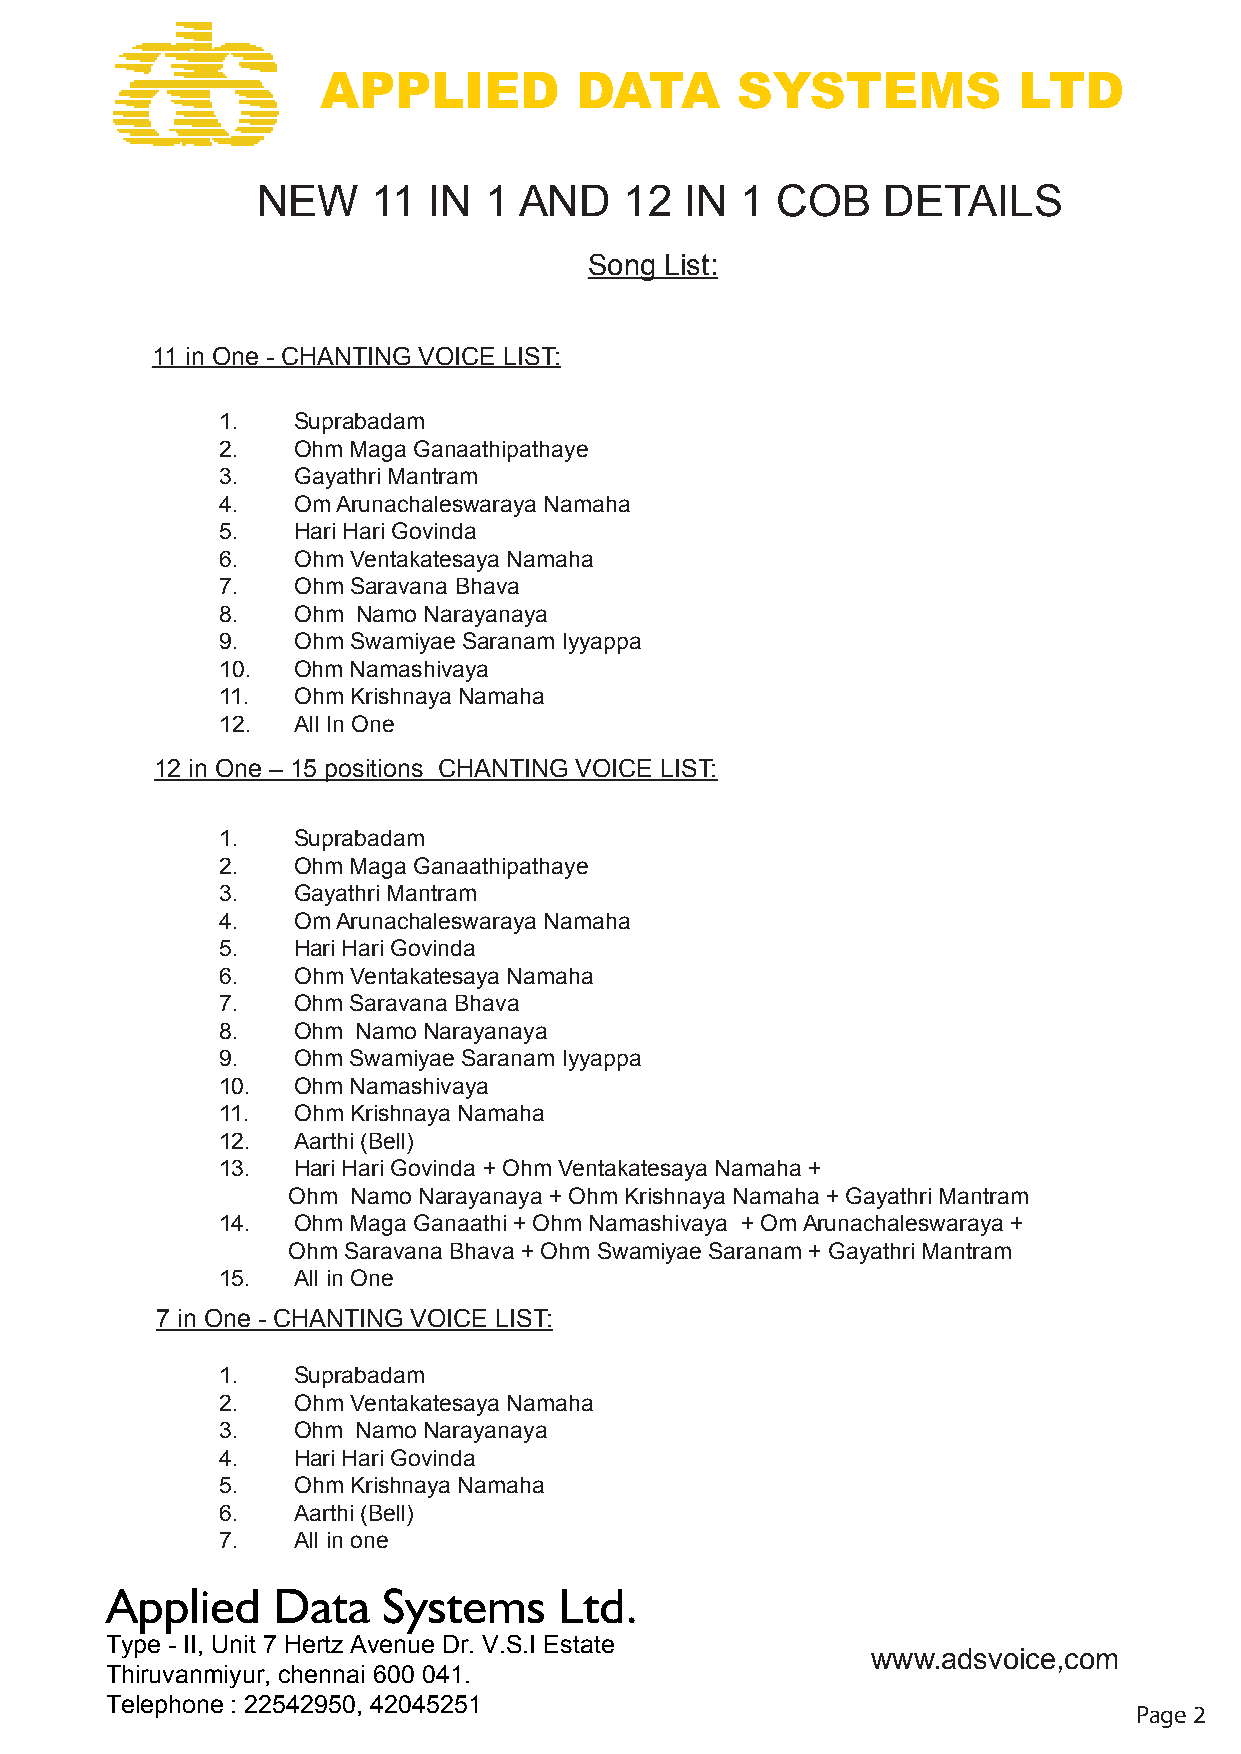
APPLIED          DATA       SYSTEMS           LTD
 NEW     11 IN  1 AND    12  IN  1 COB    DETAILS
 Song List:
 11 in One - CHANTING VOICE LIST:
 1.   Suprabadam
 2.   Ohm Maga Ganaathipathaye
 3.   Gayathri Mantram
 4.   Om Arunachaleswaraya Namaha
 5.   Hari Hari Govinda
 6.   Ohm Ventakatesaya Namaha
 7.   Ohm Saravana Bhava
 8.   Ohm  Namo Narayanaya
 9.   Ohm Swamiyae Saranam Iyyappa
 10.  Ohm Namashivaya
 11.  Ohm Krishnaya Namaha
 12.  All In One
 12 in One – 15 positions CHANTING VOICE LIST:
 1.   Suprabadam
 2.   Ohm Maga Ganaathipathaye
 3.   Gayathri Mantram
 4.   Om Arunachaleswaraya Namaha
 5.   Hari Hari Govinda
 6.   Ohm Ventakatesaya Namaha
 7.   Ohm Saravana Bhava
 8.   Ohm  Namo Narayanaya
 9.   Ohm Swamiyae Saranam Iyyappa
 10.  Ohm Namashivaya
 11.  Ohm Krishnaya Namaha
 12.  Aarthi (Bell)
 13.  Hari Hari Govinda + Ohm Ventakatesaya Namaha +
 Ohm Namo Narayanaya + Ohm Krishnaya Namaha + Gayathri Mantram
 14.  Ohm Maga Ganaathi + Ohm Namashivaya + Om Arunachaleswaraya +
 Ohm Saravana Bhava + Ohm Swamiyae Saranam + Gayathri Mantram
 15.  All in One
 7 in One - CHANTING VOICE LIST:
 1.   Suprabadam
 2.   Ohm Ventakatesaya Namaha
 3.   Ohm  Namo Narayanaya
 4.   Hari Hari Govinda
 5.   Ohm Krishnaya Namaha
 6.   Aarthi (Bell)
 7.   All in one
 Applied    Data   Systems     Ltd.
 Type - II, Unit 7 Hertz Avenue Dr. V.S.I Estate
 www.adsvoice,com
 Thiruvanmiyur, chennai 600 041.
 Telephone : 22542950, 42045251
 Page 2